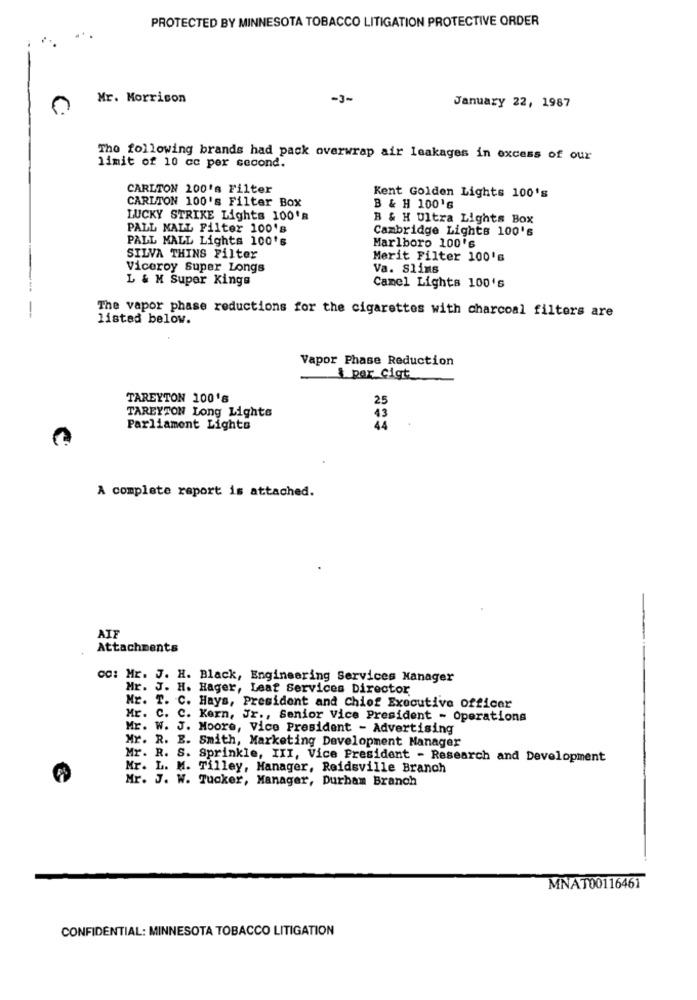
PROTECTED BY MINNESOTA TOBACCO LITIGATION PROTECTIVE ORDER
Mr. Morrison
-3-
January 22, 1987
The following brands had pack overwrap air leakages in excess of our
limit of 10 cc per second.
CARLTON 200's Filter
CARLTON 100's Filter Box
Kent Golden Lights 100's
B & H 100'G
LUCKY STRIKE Lights 100's
B & H Ultra Lights Box
PALL MALL Filter 100's
Cambridge Lights 100's
PALL MALL Lights 100's
Marlboro 100 's
SILVA THINS Filter
Merit Filter 100's
Viceroy Super Longs
Va. Slins
L & M Super Kings
Camel Lights 100's
The vapor phase reductions for the cigarettes with charcoal filters are
listed below.
Vapor Phase Reduction
1 por Cigt
TAREYTON 100'S
TAREYTON Long Lights
43
Parliament Lights
44
A complete report is attached.
AIF
Attachments
cc: Mr. J. H. Black, Engineering Services Manager
Mr. J. H. Hager, Leaf Services Director
Mr. T. C. Hays, President and Chief Executive officer
Mr. C. C. Kern, Jr ., Senior Vice President - Operations
Mr. W. J. Moore, Vice President - Advertising
Mr. R. E. Smith, Marketing Development Manager
Mr. R. S. Sprinkle, III, Vice President - Research and Development
Mr. L. M. Tilley, Manager, Reidsville Branch
Mr. J. W. Tucker, Manager, Durham Branch
MNAT00116461
CONFIDENTIAL: MINNESOTA TOBACCO LITIGATION